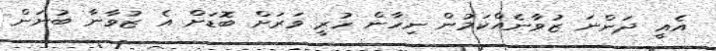
އެއީ ދަންނަ ޒުވާނެއްކަމުން ނިހާން ހުރީ ވަރަށް ބޮޑަށް އެ ޒުވާނާ ބުނަން